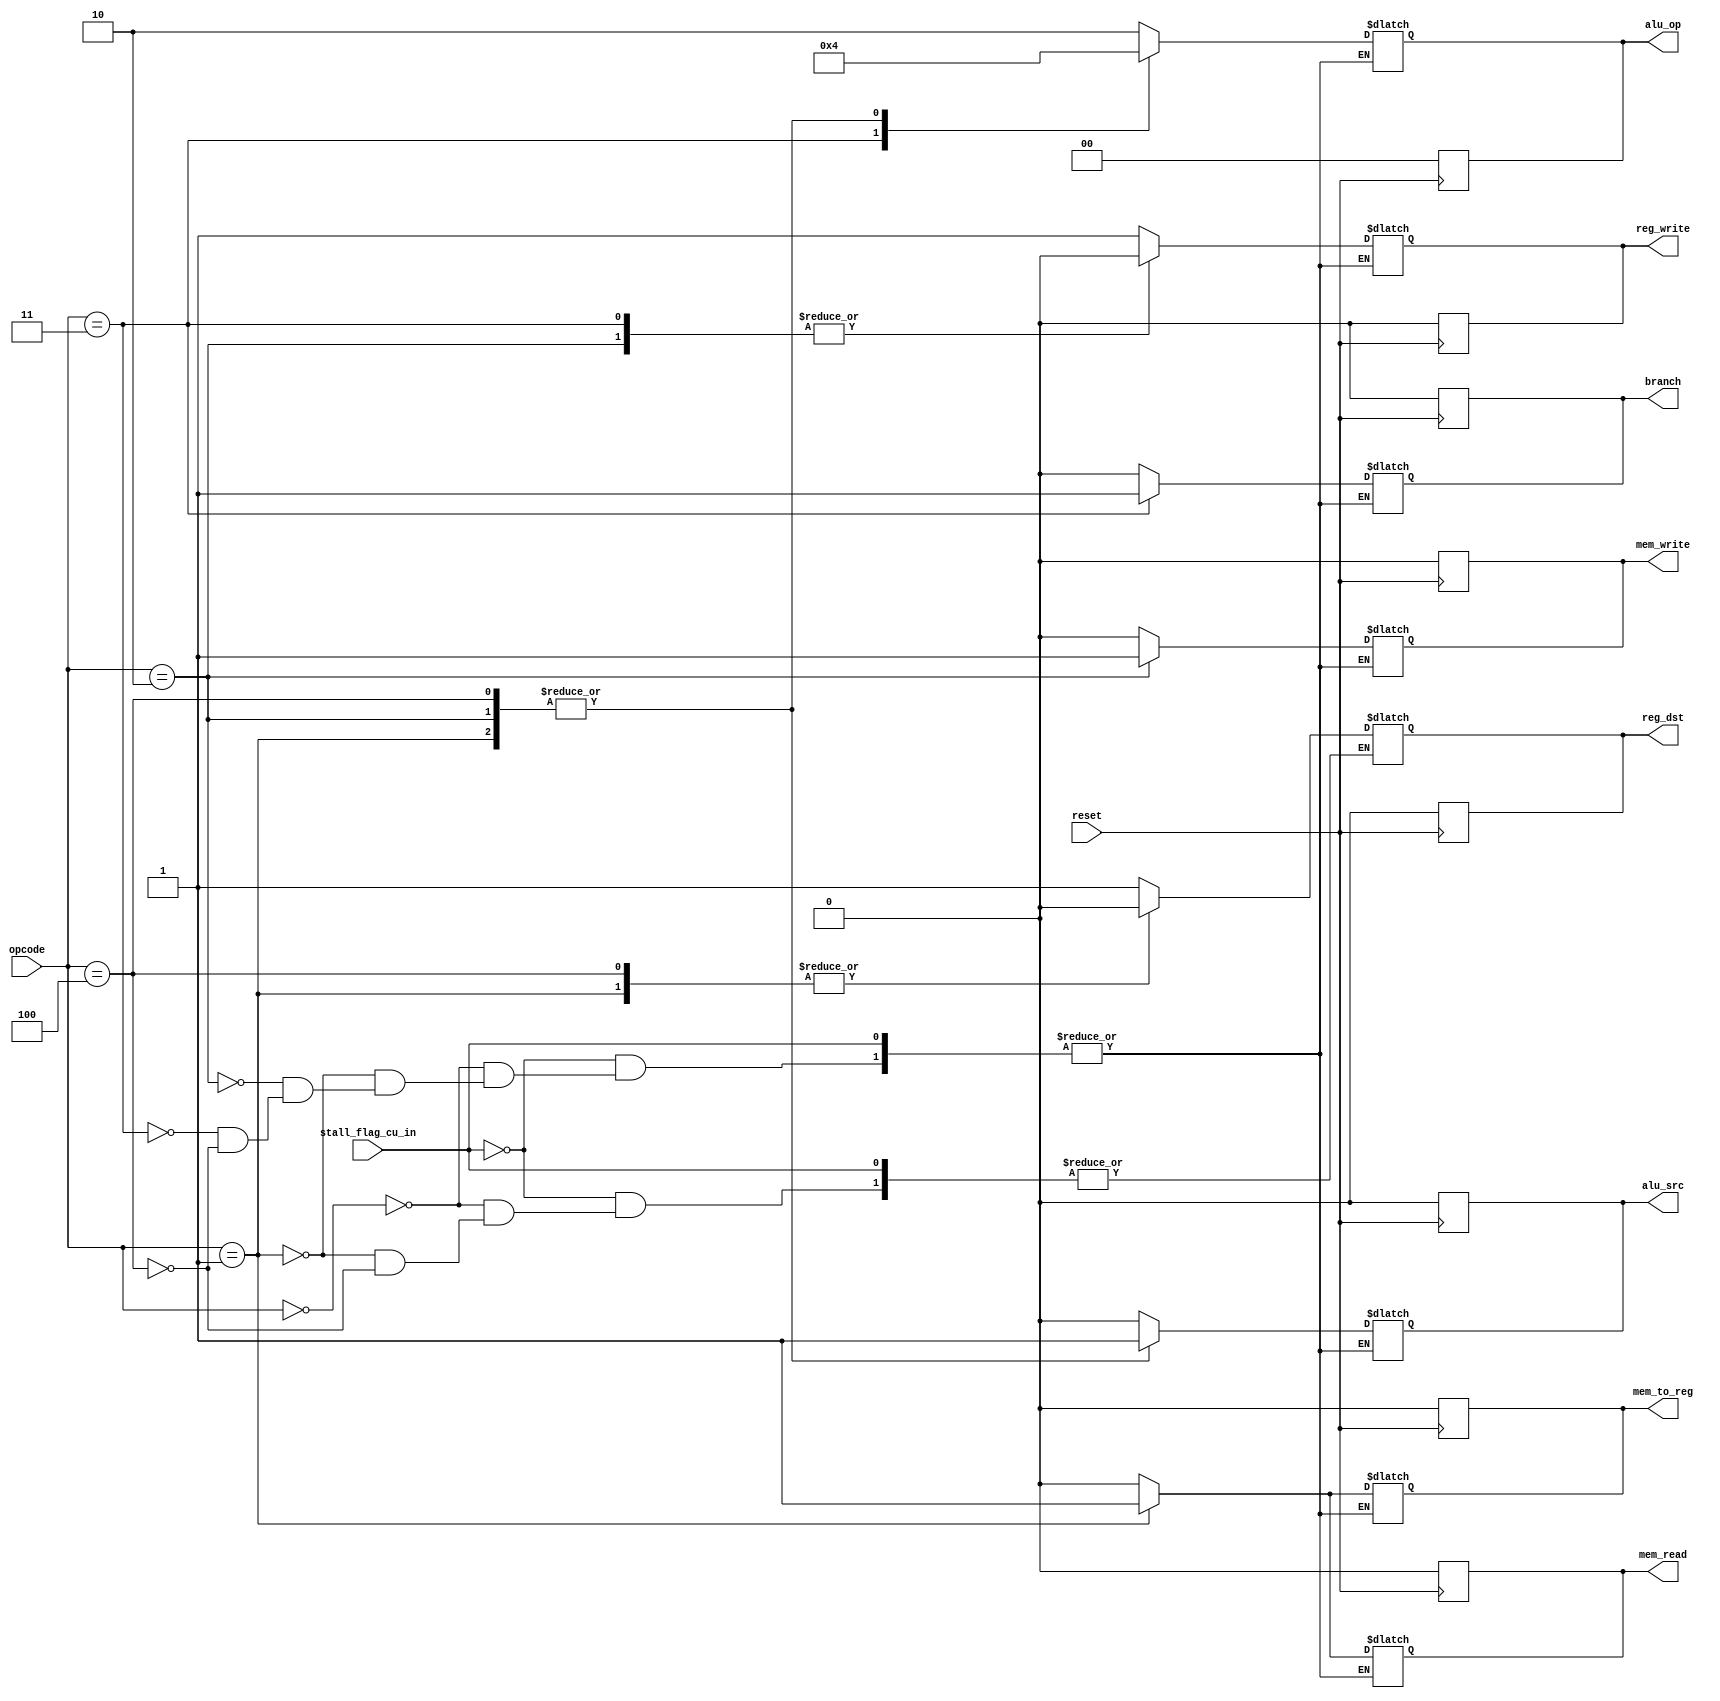
module ControlUnit (opcode,reg_dst,branch,mem_read,mem_to_reg,alu_op,mem_write,alu_src,reg_write, reset, stall_flag_cu_in);
  
  input [5:0] opcode;
  input reset;
  input stall_flag_cu_in;
  output reg reg_dst,branch,mem_read,mem_to_reg,mem_write,alu_src,reg_write;
  output reg [1:0] alu_op;
  
  parameter RType=6'b000000;
  parameter LW=6'b000001;
  parameter SW=6'b000010;
  parameter BEQ=6'b000011;
  parameter ADDI = 6'b000100; //aluop same as sw and lw

  always @(posedge reset)
  begin
  
  // if (stall_flag_cu_in == 0)

      reg_dst <= 1'b0;
      branch <= 1'b0;
      mem_read <= 1'b0;
      mem_to_reg <= 1'b0;
      alu_op <= 2'b00;
      mem_write <= 1'b0;
      alu_src <= 1'b0;
      reg_write <= 1'b0;
  end

  always@(opcode or stall_flag_cu_in)
    begin
      if(stall_flag_cu_in == 0)
      begin
      case (opcode)

        RType:           

          begin
          reg_dst<=1 ;
          branch<=0 ;
          mem_read<=0 ;
          mem_to_reg<=0 ;
          mem_write<=0 ;
          alu_src<=0 ;
          reg_write<=1 ;
          alu_op<=2'b10;
          end  
        
        LW:           

          begin
          reg_dst<=0 ;
          branch<=0 ;
          mem_read<=1 ;
          mem_to_reg<=1 ;
          mem_write<=0 ;
          alu_src<=1 ;
          reg_write<=1 ;
          alu_op<=2'b00;
          end
         
        
        SW:           

          begin
          //reg_dst<=1'bx ;
          branch<=0 ;
          mem_read<=0 ;
          mem_to_reg<=0 ;    //may be used in hazard detection -- assertion indicates register has been written
          mem_write<=1 ;
          alu_src<=1 ;
          reg_write<=0 ;
          alu_op<=2'b00;
          end
          
        BEQ:           

          begin
          //reg_dst<=1'bx ;
          branch<= 1;
          mem_read<=0 ;
          mem_to_reg<=0 ;
          mem_write<=0 ;
          alu_src<=0 ;
          reg_write<=0 ;
          alu_op<=2'b01;
          end

	    ADDI:           

          begin
          reg_dst<=0 ;
          branch<=0 ;
          mem_read<=0 ;
          mem_to_reg<=0 ;
          mem_write<=0 ;
          alu_src<=1 ;
          reg_write<=1 ;
          alu_op<=2'b00;
          end

	endcase
      end
    end
  
  
endmodule